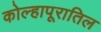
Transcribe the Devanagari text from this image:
कोल्हापूरातिल